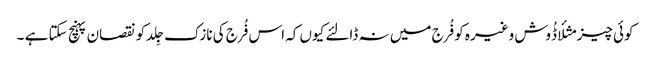
کوئی چیز مثلأ ڈُوش وغیرہ کو فُرج میں نہ ڈالئے کیوں کہ اس فُرج کی نازک جِلد کو نقصان پہنچ سکتا ہے ۔